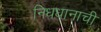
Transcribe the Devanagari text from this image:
निधधानाची